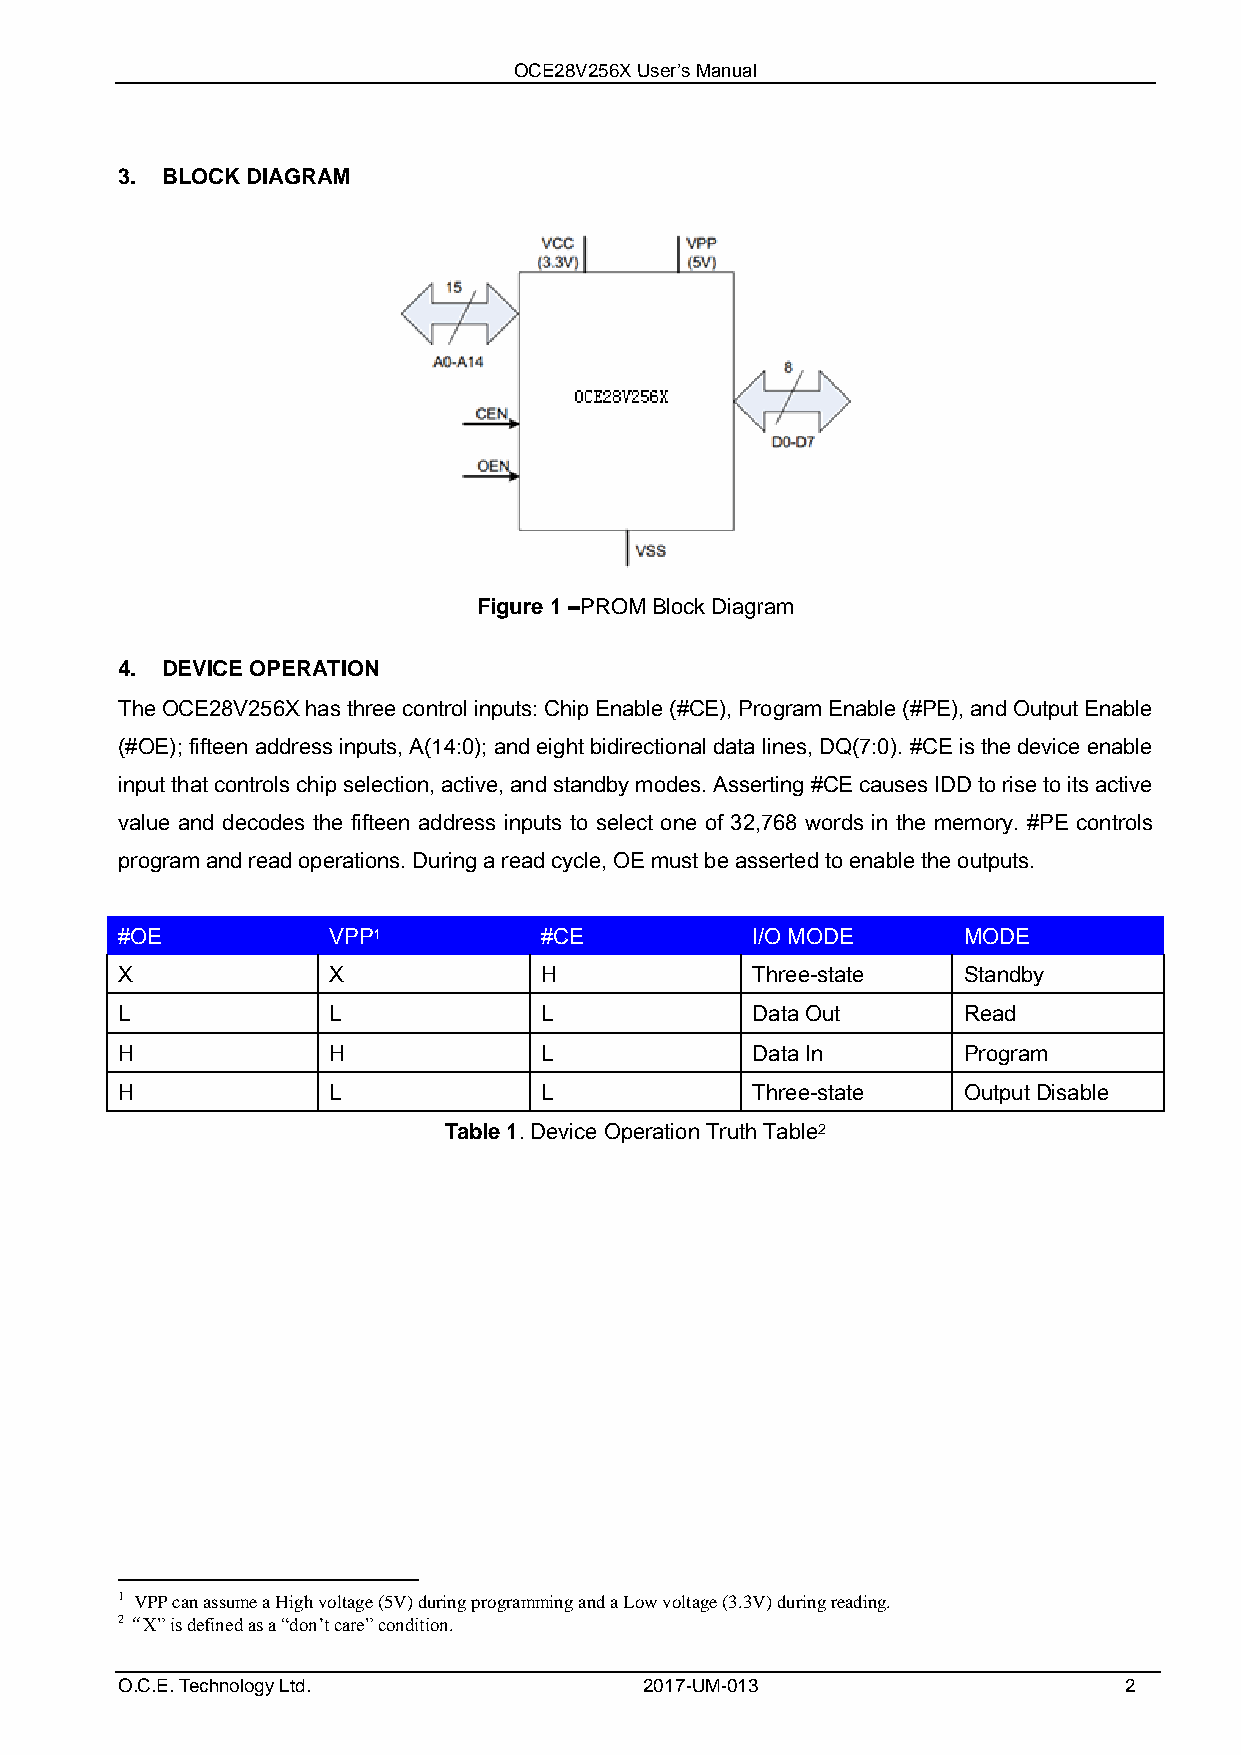
OCE28V256X User’s Manual
 3. BLOCK DIAGRAM
 Figure 1 –PROM Block Diagram
 4. DEVICE OPERATION
 The OCE28V256X has three control inputs: Chip Enable (#CE), Program Enable (#PE), and Output Enable
 (#OE); fifteen address inputs, A(14:0); and eight bidirectional data lines, DQ(7:0). #CE is the device enable
 input that controls chip selection, active, and standby modes. Asserting #CE causes IDD to rise to its active
 value and decodes the fifteen address inputs to select one of 32,768 words in the memory. #PE controls
 program and read operations. During a read cycle, OE must be asserted to enable the outputs.
 #OE           VPP1          #CE           I/O MODE      MODE
 X             X             H             Three-state   Standby
 L             L             L             Data Out      Read
 H             H             L             Data In       Program
 H             L             L             Three-state   Output Disable
 Table 1. Device Operation Truth Table2
 1 VPP can assume a High voltage (5V) during programming and a Low voltage (3.3V) during reading.
 2“X” is defined as a “don’t care” condition.
 O.C.E. Technology Ltd.             2017-UM-013                    2